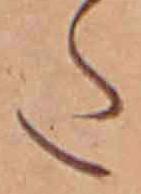
た